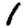
Digit: 1